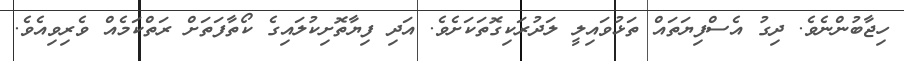
ހިޖާބުންނެވެ. ދިގު އެސްފިޔަތައް ތަޅުވައިލީ ލަދުރަކިގޮތަކަށެވެ. އަދި ފިޔާތޮށިކުލައިގެ ކޯތާފަތަށް ރަތްކަމެއް ވެރިވިއެވެ.